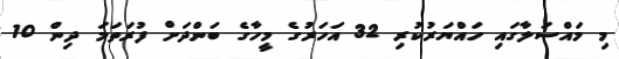
މި މައްސަލާގައި ހައްޔަރުކުރި 32 އަހަރުގެ މީހާގެ ބަންދަށް ފުރަތަމަ ދިން 10